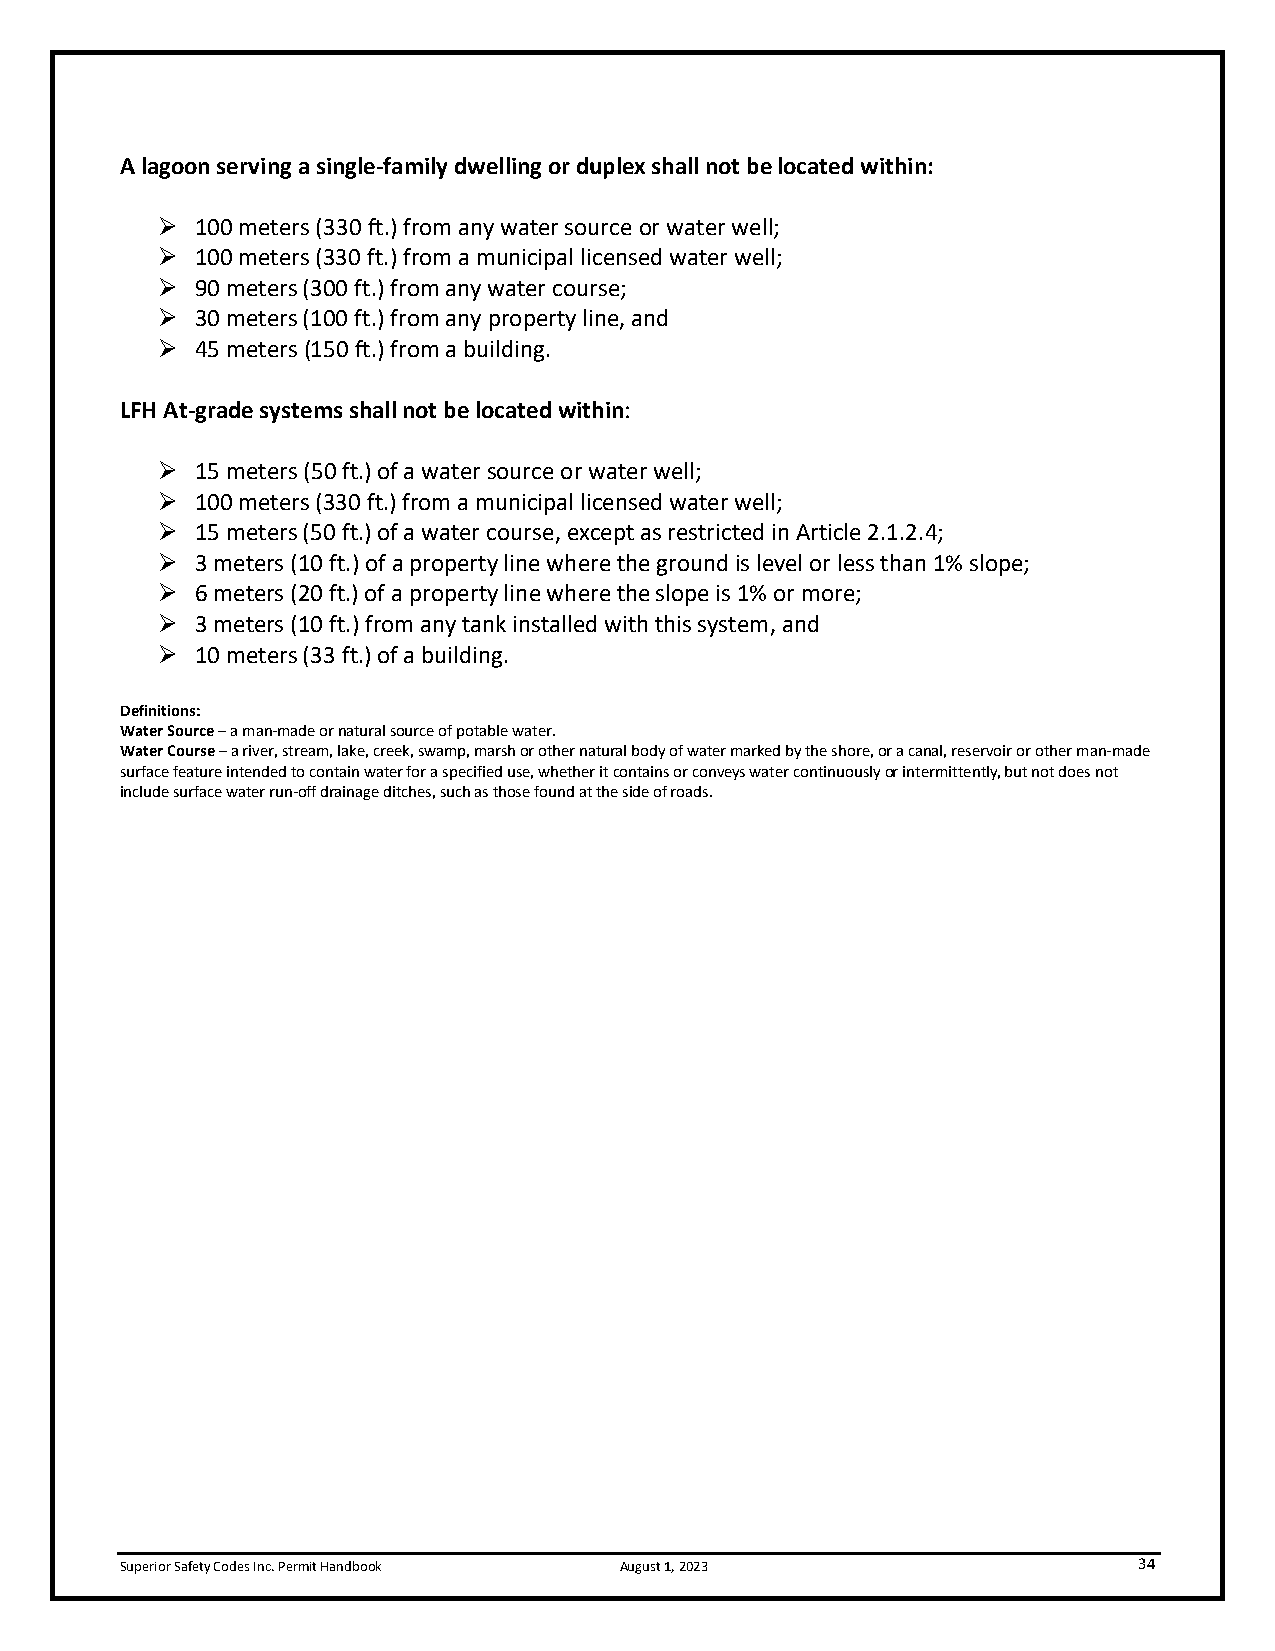
A lagoon serving a single-family dwelling or duplex shall not be located within:
 ➢  100 meters (330 ft.) from any water source or water well;
 ➢  100 meters (330 ft.) from a municipal licensed water well;
 ➢  90 meters (300 ft.) from any water course;
 ➢  30 meters (100 ft.) from any property line, and
 ➢  45 meters (150 ft.) from a building.
 LFH At-grade systems shall not be located within:
 ➢  15 meters (50 ft.) of a water source or water well;
 ➢  100 meters (330 ft.) from a municipal licensed water well;
 ➢  15 meters (50 ft.) of a water course, except as restricted in Article 2.1.2.4;
 ➢  3 meters (10 ft.) of a property line where the ground is level or less than 1% slope;
 ➢  6 meters (20 ft.) of a property line where the slope is 1% or more;
 ➢  3 meters (10 ft.) from any tank installed with this system, and
 ➢  10 meters (33 ft.) of a building.
 Definitions:
 Water Source – a man-made or natural source of potable water.
 Water Course – a river, stream, lake, creek, swamp, marsh or other natural body of water marked by the shore, or a canal, reservoir or other man-made
 surface feature intended to contain water for a specified use, whether it contains or conveys water continuously or intermittently, but not does not
 include surface water run-off drainage ditches, such as those found at the side of roads.
 Superior Safety Codes Inc. Permit Handbook August 1, 2023          34